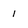
Character: 1